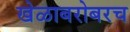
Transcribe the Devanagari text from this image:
खेळाबरोबरच